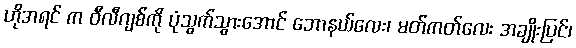
ဟိုအရင် က ဝီလီဂျစ်ကို ပုံသွက်သွားအောင် ဘောနယ်လေး၊ မတ်ကတ်လေး အချိုးပြင်၊